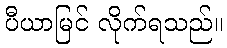
ပီယာမြင် လိုက်ရသည်။